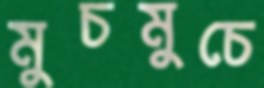
মুচমুচে